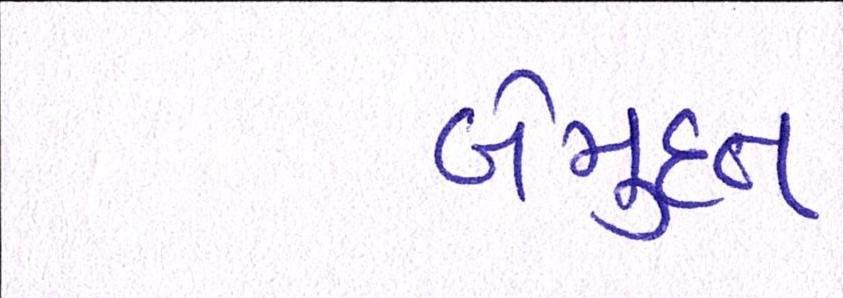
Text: બેમુદત